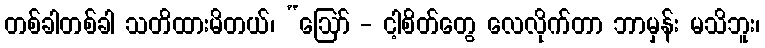
တစ်ခါတစ်ခါ သတိထားမိတယ်၊ “ဩော် - ငါ့စိတ်တွေ လေလိုက်တာ ဘာမှန်း မသိဘူး၊